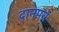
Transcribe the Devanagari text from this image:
दानपत्रे